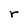
Character: r